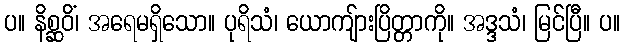
ပ။ နိစ္ဆဝိံ၊ အရေမရှိသော။ ပုရိသံ၊ ယောကျ်ားပြိတ္တာကို။ အဒ္ဒသံ၊ မြင်ပြီ။ ပ။